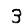
Digit: 3